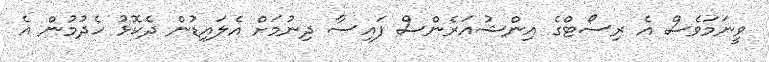
ވީނަމަވެސް އެ ރިސޯޓްގެ އިންޝުއަރެންސް ފައިސާ ދިނުމަށް އެލައިޑުން ދެކޮޅު ހެދުމުން އެ